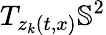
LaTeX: T_{z_{k}(t,x)}\mathbb{S}^{2}